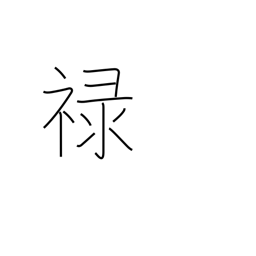
Meaning: fief